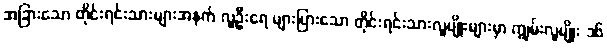
အခြားသော တိုင်းရင်းသားများအနက် လူဦးရေ များပြားသော တိုင်းရင်းသားလူမျိုးများမှာ ကျွမ်းလူမျိုး ၁၆